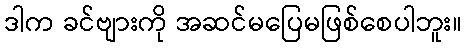
ဒါက ခင်ဗျားကို အဆင်မပြေမဖြစ်စေပါဘူး။